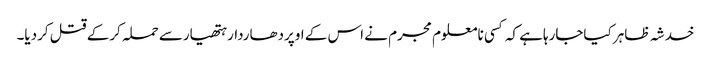
خدشہ ظاہر کیاجارہاہے کہ کسی نامعلوم مجرم نے اس کے اوپردھاردارہتھیارسے حملہ کرکے قتل کردیا۔